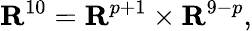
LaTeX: {\mathbf R}^{10}={\mathbf R}^{p+1}\times{\mathbf R}^{9-p},